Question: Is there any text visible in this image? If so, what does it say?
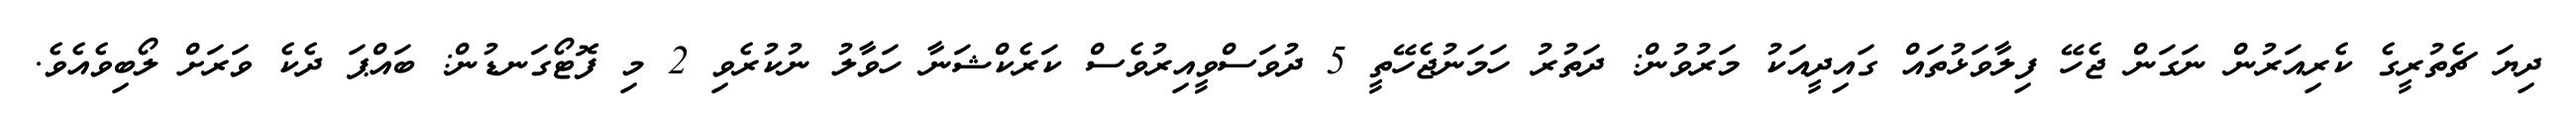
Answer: ދިޔަ ޗެތުރީގެ ކެރިއަރުން ނަގަން ޖެހޭ ފިލާވަޅުތައް ގައިދީއަކު މަރުވުން: ދަތުރު ހަމަނުޖެހޭތީ 5 ދުވަސްވީއިރުވެސް ކަރެކްޝަނާ ހަވާލު ނުކުރެވި 2 މި ފޮޓޯގަނޑުން: ބައްޕަ ދެކެ ވަރަށް ލޯބިވެއެވެ.